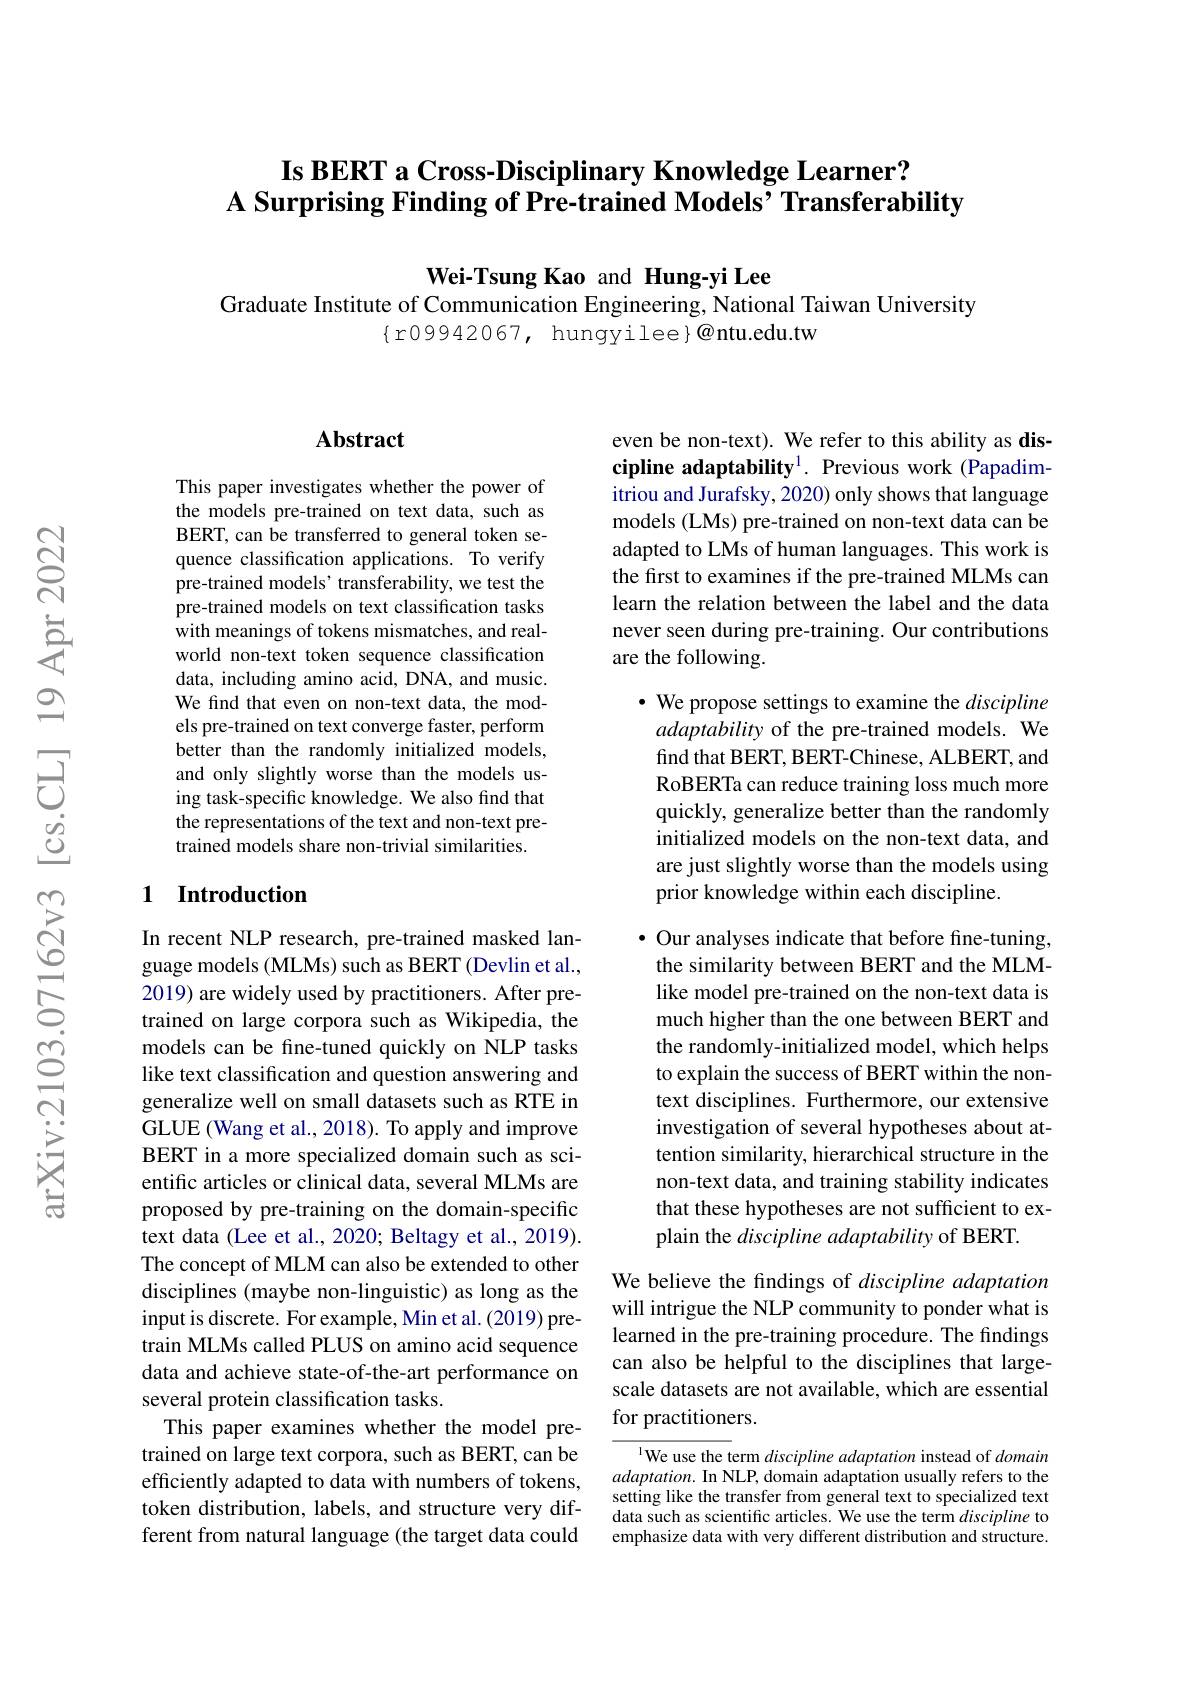
# Is BERT a Cross-Disciplinary Knowledge Learner? A Surprising Finding of Pre-trained Models’ Transferability

Wei-Tsung Kao and Hung-yi Lee
Graduate Institute of Communication Engineering, National Taiwan University
$\{$r09942067, hungyilee}@{ntu.edu.tw

## $\mathbf{Abstract}$

This paper investigates whether the power of the models pre-trained on text data, such as BERT, can be transferred to general token sequence classification applications. To verify pre-trained models' transferability, we test the pre-trained models on text classification tasks with meanings of tokens mismatches, and realworld non-text token sequence classification data, including amino acid, DNA, and music. We find that even on non-text data, the models pre-trained on text converge faster, perform better than the randomly initialized models, and only slightly worse than the models using task-specific knowledge. We also find that the representations of the text and non-text pretrained models share non-trivial similarities.

## 1 Introduction

In recent NLP research, pre-trained masked language models (MLMs) such as BERT (Devlin et al., 2019) are widely used by practitioners. After pretrained on large corpora such as Wikipedia, the models can be fine-tuned quickly on NLP tasks like text classification and question answering and generalize well on small datasets such as RTE in GLUE (Wang et al., 2018). To apply and improve BERT in a more specialized domain such as scientific articles or clinical data, several MLMs are proposed by pre-training on the domain-specific text data (Lee et al., 2020; Beltagy et al., 2019). The concept of MLM can also be extended to other disciplines (maybe non-linguistic) as long as the input is discrete. For example, Min et al. (2019) pretrain MLMs called PLUS on amino acid sequence data and achieve state-of-the-art performance on several protein classification tasks.
This paper examines whether the model pretrained on large text corpora, such as BERT, can be efficiently adapted to data with numbers of tokens, token distribution, labels, and structure very different from natural language (the target data could

even be non-text). We refer to this ability as discipline adaptability$^1.$ Previous work (Papadim- $\tilde{\text{itriou and Jurafsky, 2020) only shows that language}}$ models (LMs) pre-trained on non-text data can be adapted to LMs of human languages. This work is the first to examines if the pre-trained MLMs can learn the relation between the label and the data never seen during pre-training. Our contributions are the following.

$\cdot$ We propose settings to examine the discipline adaptability of the pre-trained models. We find that BERT, BERT-Chinese, ALBERT, and RoBERTa can reduce training loss much more quickly, generalize better than the randomly initialized models on the non-text data, and are just slightly worse than the models using prior knowledge within each discipline.

$\bullet$ Our analyses indicate that before fine-tuning, the similarity between BERT and the MLMlike model pre-trained on the non-text data is much higher than the one between BERT and the randomly-initialized model, which helps to explain the success of BERT within the nontext disciplines. Furthermore, our extensive investigation of several hypotheses about attention similarity, hierarchical structure in the non-text data, and training stability indicates that these hypotheses are not sufficient to explain the discipline adaptability of BERT.

We believe the findings of discipline adaptation will intrigue the NLP community to ponder what is learned in the pre-training procedure. The findings can also be helpful to the disciplines that largescale datasets are not available, which are essential for practitioners.

l We use the term discipline adaptation instead of domain $adaptation.$ In NLP, domain adaptation usually refers to the setting like the transfer from general text to specialized text data such as scientific articles. We use the term discipline to emphasize data with very different distribution and structure.